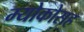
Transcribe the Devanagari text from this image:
म्योकोसह